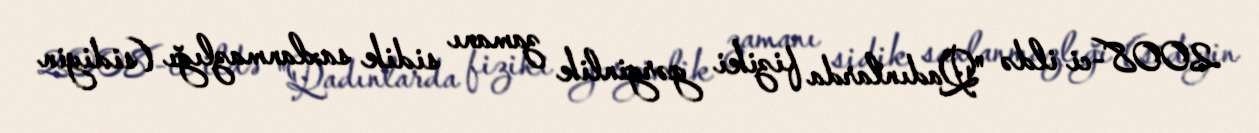
2008-ci ildə "Qadınlarda fiziki gərginlik zamanı sidik saxlanmazlığı (sidiyin